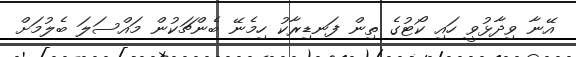
އޭނާ ވިދާޅުވީ ހައި ކޯޓުގެ ތިން ފަނޑިރާކު ހިމެނޭ ބެންޗަކުން މައްސަލަ ބެލުމަށް